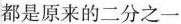
都是原来的二分之一